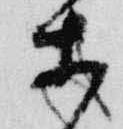
等